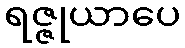
ရဇ္ဇုယာပေ